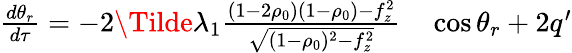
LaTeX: \begin{array}{rl}{\frac{d\theta_{r}}{d\tau}=-2\Tilde{\lambda}_{1}\frac{(1-2\rho_{0})(1-\rho_{0})-f_{z}^{2}}{\sqrt{(1-\rho_{0})^{2}-f_{z}^{2}}}}&{{}\cos\theta_{r}+2q^{\prime}}\end{array}